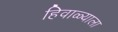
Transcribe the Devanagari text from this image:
हिवाळ्याला